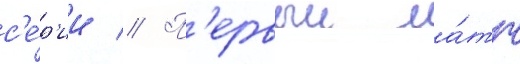
с'е́р'ии // П'ервыи ма́тч